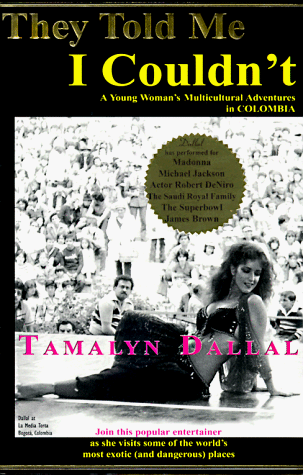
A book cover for They Told Me I Couldn't : A Young Woman's Multicultural Adventures in Colombia; Tamalyn Dallal (Illustrator); Travel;